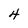
Character: 4